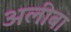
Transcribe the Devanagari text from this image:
अलीबा